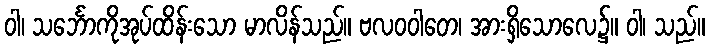
ဝါ၊ သင်္ဘောကိုအုပ်ထိန်းသော မာလိန်သည်။ ဗလဝဝါတေ၊ အားရှိသောလေ၌။ ဝါ၊ သည်။